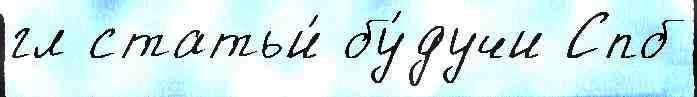
гл статьи́ бу́дучи Спб